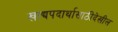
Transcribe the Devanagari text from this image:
खाद्यपदार्थासाठीदेखील